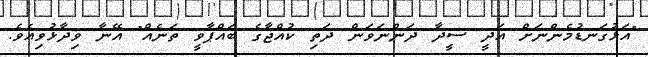
"އަޅުގަނޑުމެންނަށް އަދީ ސީދާ ދަންނަވަން ދަތި ކުއްޖާގެ ބައްޕާވީ ތަނެއް" އޭނާ ވިދާޅުވިއެވެ.